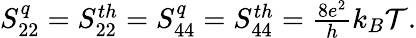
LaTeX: \begin{array}{r}{S_{22}^{q}={S_{22}^{th}}=S_{44}^{q}={S_{44}^{th}}=\frac{8e^{2}}{h}k_{B}\mathcal{T}.}\end{array}